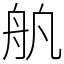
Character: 舧